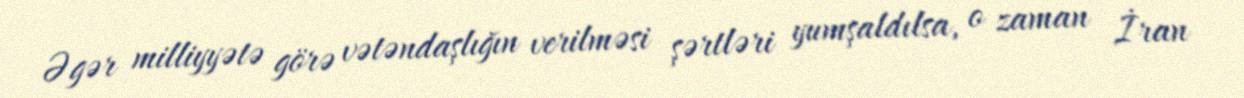
Əgər milliyyətə görə vətəndaşlığın verilməsi şərtləri yumşaldılsa, o zaman İran